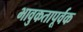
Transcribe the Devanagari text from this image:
भावुकतापूर्वक